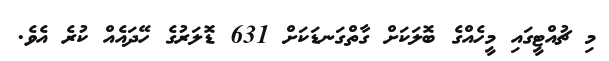
މި ޗުއްޓީގައި މީހެއްގެ ބޮލަކަށް ގާތްގަނޑަކަށް 631 ޑޮލަރުގެ ހޭދައެއް ކުރެ އެވެ.